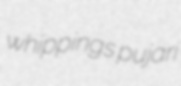
whippings pujari